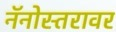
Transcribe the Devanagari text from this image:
नॅनोस्तरावर